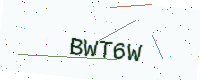
Text: BWT6W